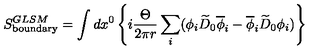
S _ { \mathrm { b o u n d a r y } } ^ { G L S M } = \int d x ^ { 0 } \left\{ i { \frac { \Theta } { 2 \pi r } } \sum _ { i } ( \phi _ { i } \widetilde { D } _ { 0 } \overline { { \phi } } _ { i } - \overline { { \phi } } _ { i } \widetilde { D } _ { 0 } \phi _ { i } ) \right\}